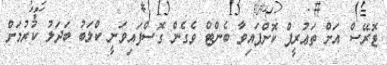
ޓޮރޭސް އަށް ތަޢުރީފް ކޮށްފައިވާ ބެންޓް ވެގެން ގޮސްފައިވަނީ ކްލަބު ބަދަލު ކުރުމަށް